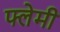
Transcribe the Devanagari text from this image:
फ्लेमी